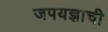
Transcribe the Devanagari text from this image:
जपयज्ञाची